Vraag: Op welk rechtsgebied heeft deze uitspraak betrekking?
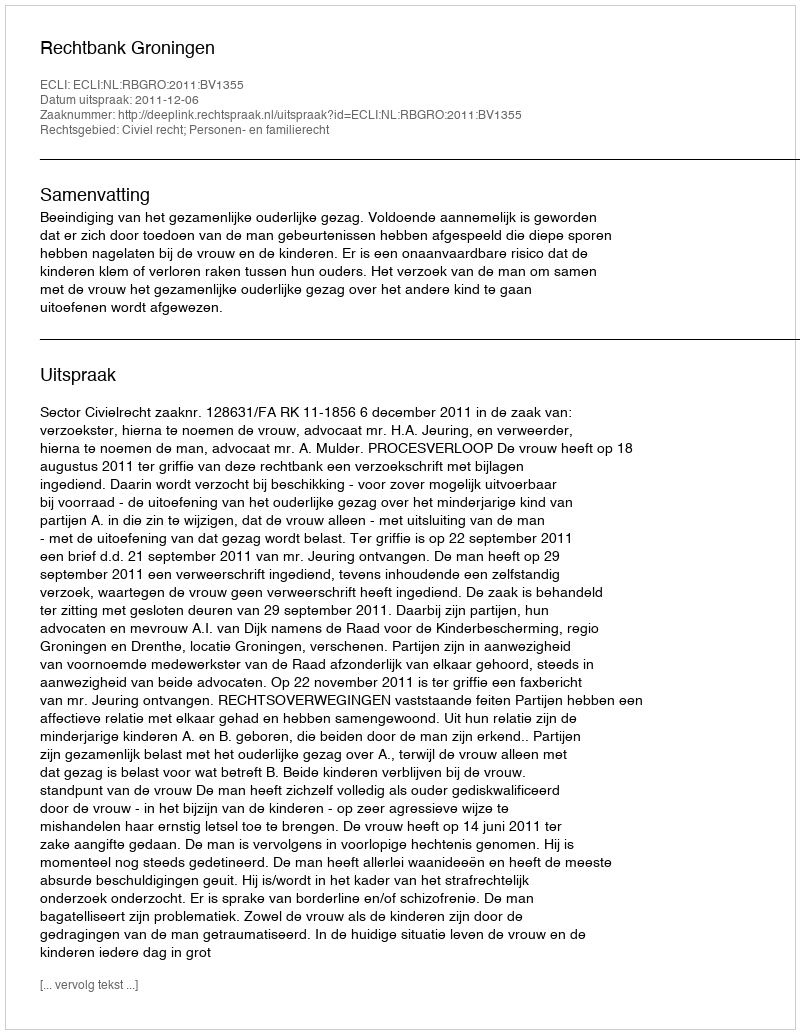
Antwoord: Civiel recht; Personen- en familierecht